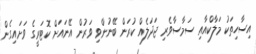
އިސާހިތަކު މަލާކްއާއި ސަމާސާވެރި ޖަދަލެއް ކުރަން ބޭނުންވި ވަރުން އޭނައަށް ކޮޓަރީގެ ވަށައިގެން